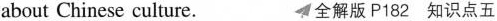
about Chinese culture. 全解版 P182 知识点五